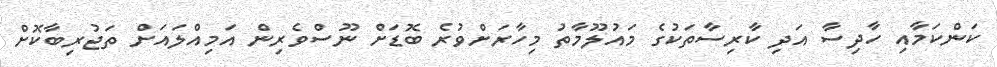
ކަންކަމާއި ހާދިސާ އަދި ކާރިސާތަކުގެ މައުލޫމާތު މިހާރަށްވުރެ ބޮޑަށް ނޫސްވެރިން އަމިއްލައަށް ތަޖުރިބާކޮށް